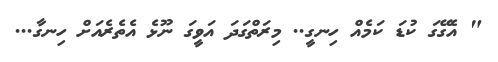
" އެގޭގަ ކުޑަ ކަމެއް ހިނގީ.. މިރަތްގަދަ އަވީގަ ނޫޅެ އެތެރެއަށް ހިނގާ...